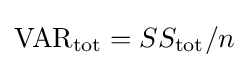
{\text{VAR}}_{\text{tot}}=SS_{\text{tot}}/n